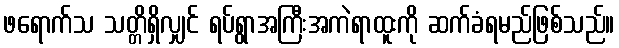
ဖရောက်သ သတ္တိရှိလျှင် ရပ်ရွာအကြီးအကဲရာထူးကို ဆက်ခံရမည်ဖြစ်သည်။